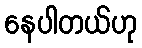
နေပါတယ်ဟု